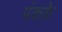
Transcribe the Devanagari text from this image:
पंकके